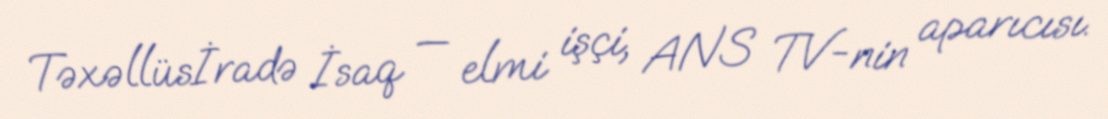
Təxəllüsİradə İsaq — elmi işçi, ANS TV-nin aparıcısı.